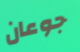
جوعان